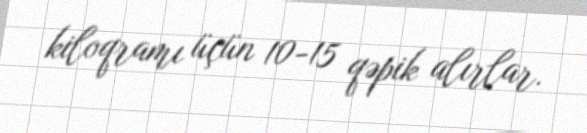
kiloqramı üçün 10-15 qəpik alırlar.